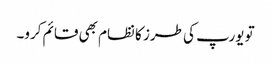
تو یورپ کی طرز کا نظام بھی قائم کرو۔